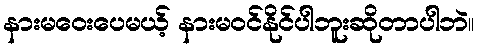
နားမဝေးပေမယ့် နားမဝင်နိုင်ပါဘူးဆိုတာပါဘဲ။